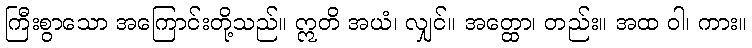
ကြီးစွာသော အကြောင်းတို့သည်။ ဣတိ အယံ၊ လျှင်။ အတ္ထော၊ တည်း။ အထ ဝါ၊ ကား။